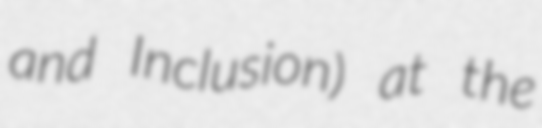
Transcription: and Inclusion) at the